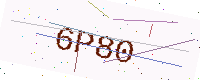
Text: 6P80